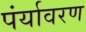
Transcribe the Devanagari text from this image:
पंर्यावरण